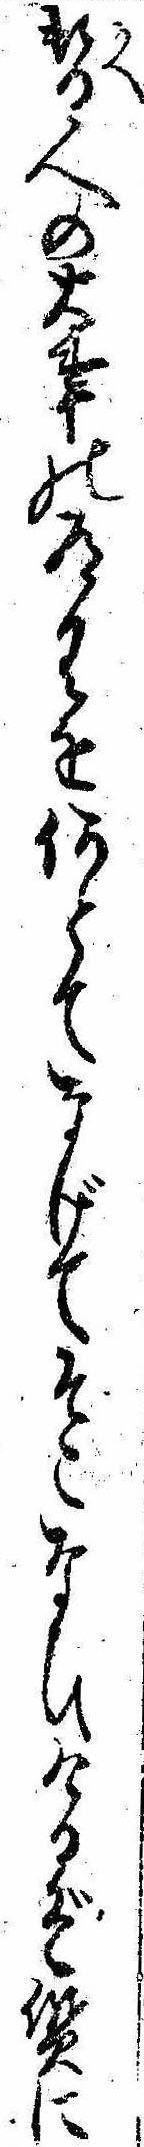
替人の大事の道具を何とてなげてそこなひけるぞ質に